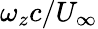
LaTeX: \omega_{z}c/U_{\infty}